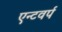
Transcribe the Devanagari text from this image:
एन्टवर्प